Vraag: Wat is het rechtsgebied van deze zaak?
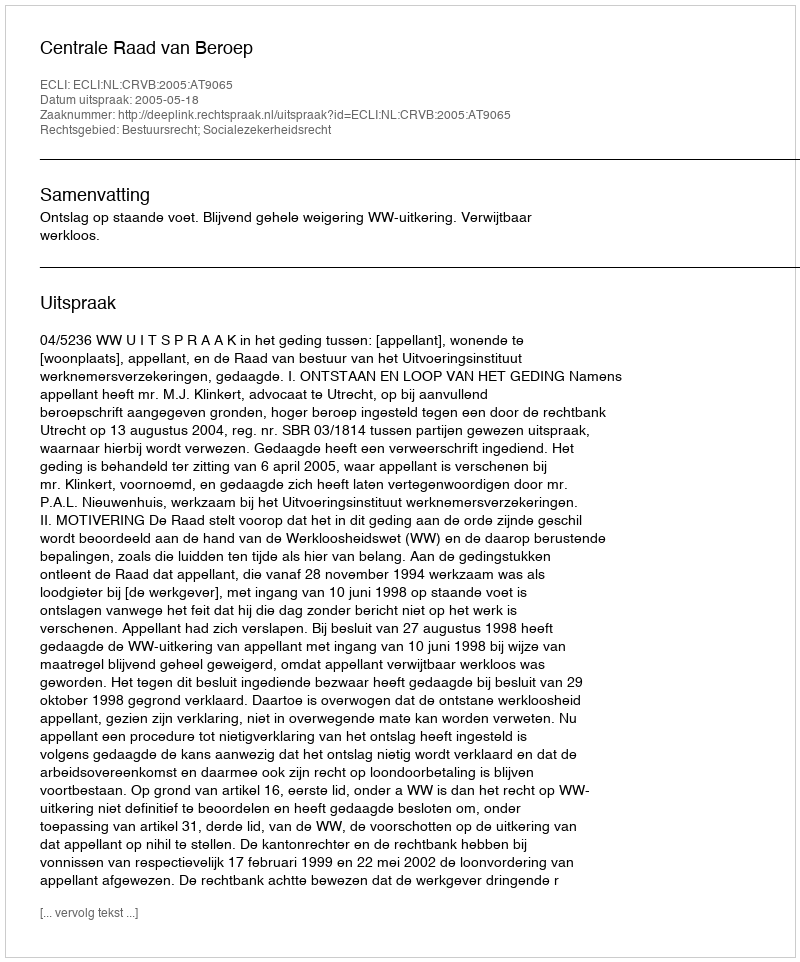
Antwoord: Bestuursrecht; Socialezekerheidsrecht